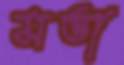
মত্তা